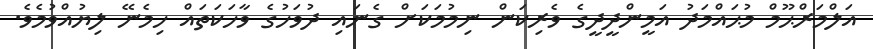
އަލްމަރްޙޫމް މުޙައްމަދު އަމީންދީދީގެ ވެރިކަން ނިމުމަކަށް ގެނައި ދުވަހުގެ ވާހަކަތައް ހިމެނޭ ލިޔުއްވުމެވެ.